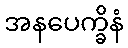
အနပေက္ခိနံ